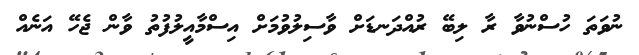
ނުވަތަ ހުސްނުވާ ރާ ލިބޭ ރުއްދަނޑަށް ވާސިލުވުމަށް އިސްމާއީލުފުތު ވާން ޖެހޭ އަނެއް